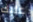
عليك